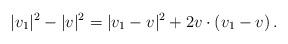
LaTeX: \begin{align*}\begin{aligned}|v_1|^2 - |v|^2 = |v_1 - v|^2 + 2 v \cdot (v_1 - v) \,.\end{aligned}\end{align*}